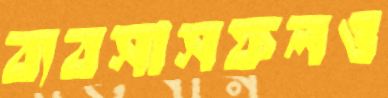
ব্যবসাসফলও